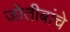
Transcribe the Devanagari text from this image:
जोतीबांचे